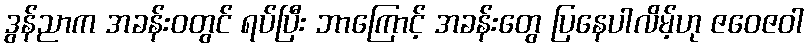
ဒွန်ညာက အခန်းဝတွင် ရပ်ပြီး ဘာကြောင့် အခန်းတွေ ပြနေပါလိမ့်ဟု ဇဝေဇဝါ